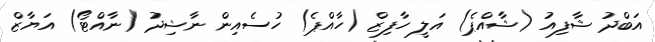
އަބްދު ޝާފިއު (ޝާއްޕެ) އަލީ ހާފިޒް (ހާއްޕެ) ހުސެއިން ނާޝިދު (ނާއްޓޯ) އަޔާޒް